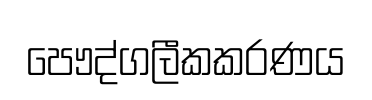
පෞද්ගලීකකරණය